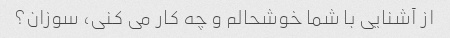
از آشنایی با شما خوشحالم و چه کار می کنی، سوزان؟